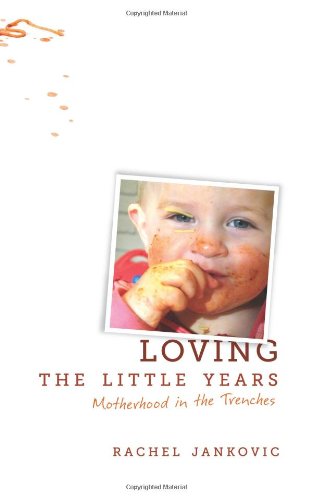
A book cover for Loving the Little Years: Motherhood in the Trenches; Rachel Jankovic; Parenting & Relationships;